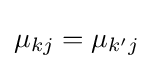
\mu _{kj}=\mu _{k'j}